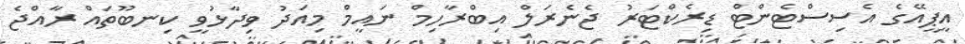
އީޕީއޭގެ އެސިސްޓެންޓް ޑިރެކްޓަރު ޖެނެރަލް އިބްރާހިމް ނައީމް މިއަަދު ވިދާޅުވީ ކިނބޫތައް ރާއްޖެ